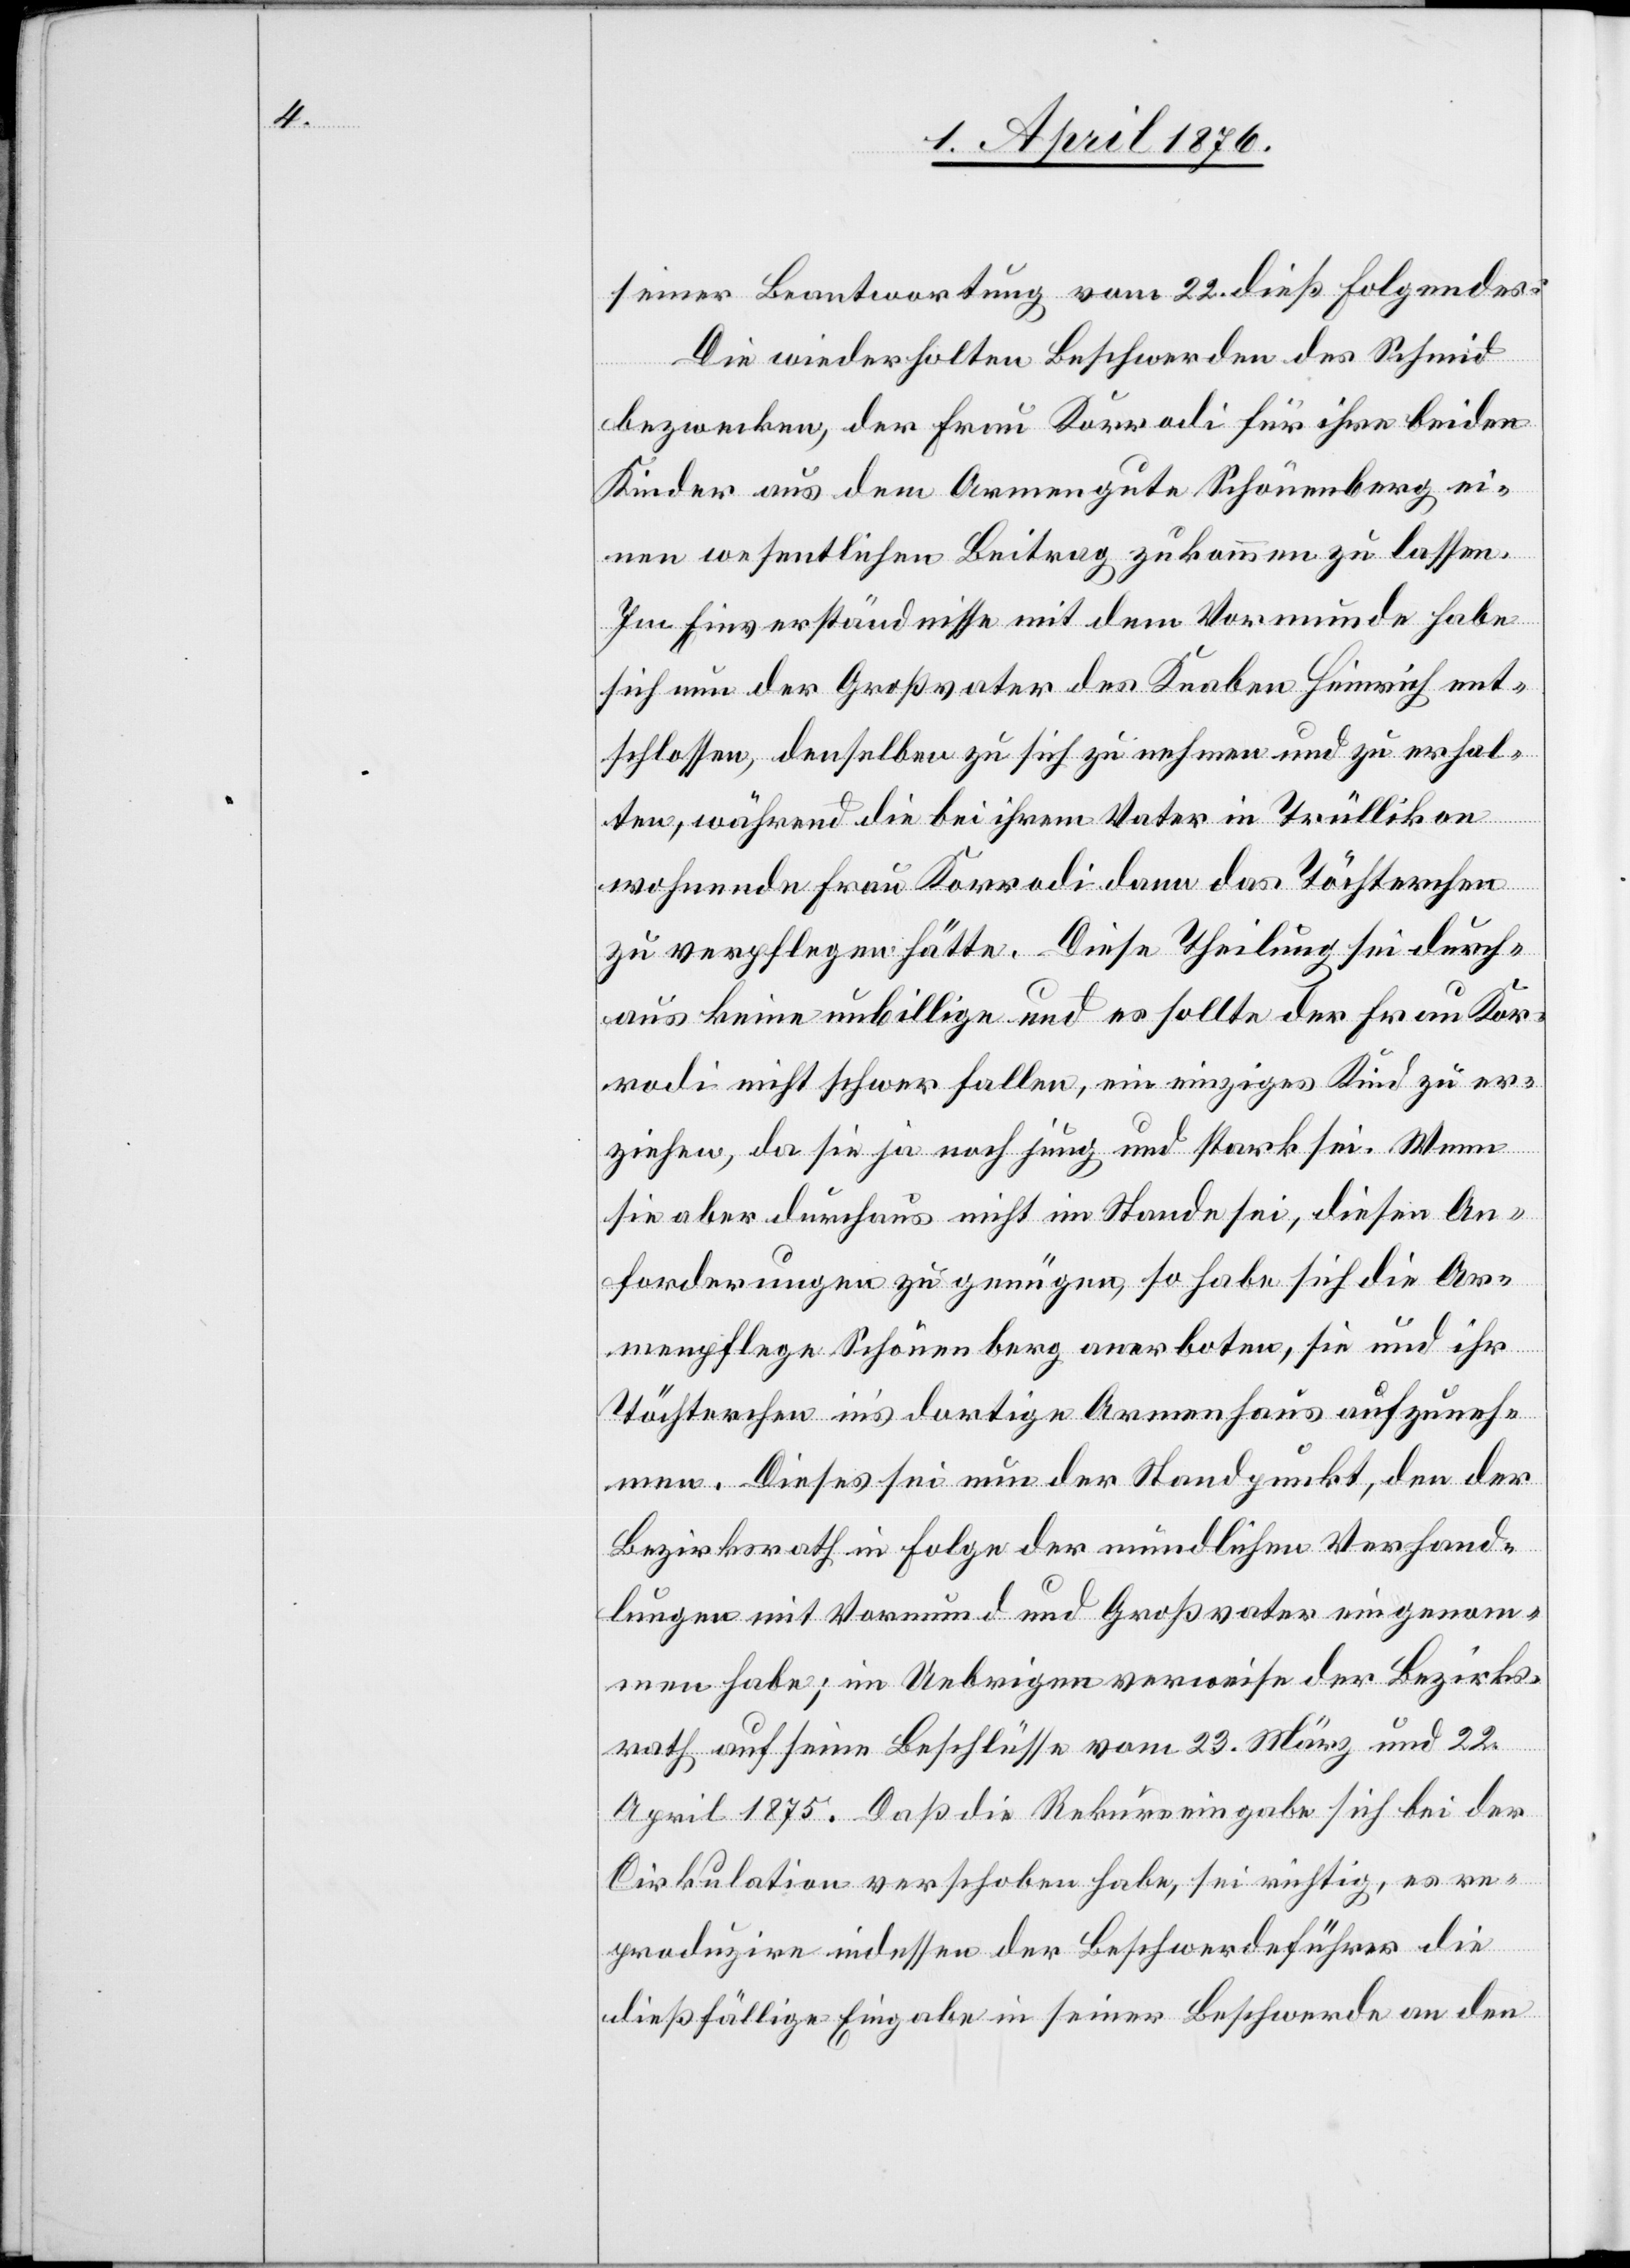
seiner Beantwortung vom 22. dieß Folgendes:
Die wiederholten Beschwerden des Schmid
bezwecken, der Frau Korrodi für ihre beiden
Kinder aus dem Armengute Schönenberg ei¬
nen wesentlichen Beitrag zukommen zu lassen
Im Einverständnisse mit dem Vormunde habe
sich nun der Großvater des Knaben Heinrich ent¬
schlossen, denselben zu sich zu nehmen und zu erhal¬
ten, während die bei ihrem Vater in Trüllikon
wohnende Frau Korrodi dann das Töchterchen
zu verpflegen hätte. Diese Theilung sei durch¬
aus keine unbillige und es sollte der Frau Kor¬
rodi nicht schwer fallen, ein einziges Kind zu er¬
ziehen, da sie ja noch jung und stark sei. Wenn
An¬
forderungen zu genügen, so habe sich die Ar¬
menpflege Schönenberg anerboten, sie und ihr
Töchterchen ins dortige Armenhaus aufzuneh¬
men. Dieses sei nun der Standpunkt, den der
Bezirksrath in Folge der mündlichen Verhand¬
lungen mit Vormund und Großvater eingenom¬
men habe; im Uebrigen verweise der Bezirks¬
rath auf seine Beschlüsse vom 23. März und 22.
April 1875. Daß die Rekurseingabe sich bei der
Cirkulation verschoben habe, sei richtig, es re¬
produzire indessen der Beschwerdeführer die
dießfällige Eingabe in seiner Beschwerde an den